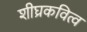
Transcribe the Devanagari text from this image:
शीघ्रकवित्व